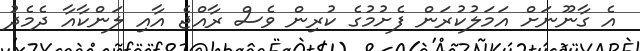
އެ ގާނޫނަަށް އަމަލުކުރަން ފެށުމުގެ ކުރިން ވެސް ރާއްޖެ އާއި ލަންކާއާ ދެމެދު